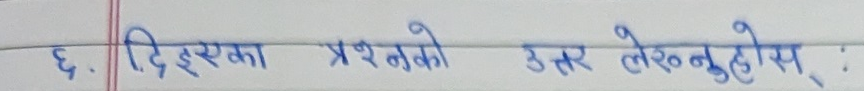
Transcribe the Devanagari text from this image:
६. दिएका प्रश्नको उत्तर लेख्नुहोस :